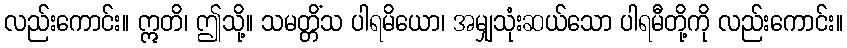
လည်းကောင်း။ ဣတိ၊ ဤသို့။ သမတ္တိံသ ပါရမိယော၊ အမျှသုံးဆယ်သော ပါရမီတို့ကို လည်းကောင်း။